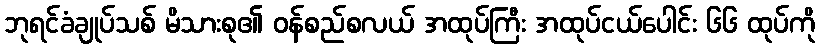
ဘုရင်ခံချုပ်သစ် မိသားစု၏ ဝန်စည်စလယ် အထုပ်ကြီး အထုပ်ငယ်ပေါင်း ၆၆ ထုပ်ကို